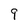
Character: 9